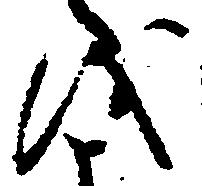
儀